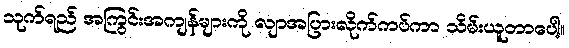
သုက်ရည် အကြွင်းအကျန်များကို လျာအပြားလိုက်ကပ်ကာ သိမ်းယူတာပေါ့။